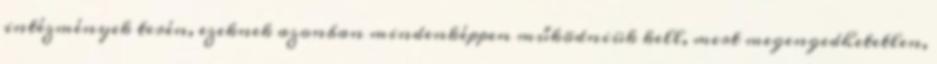
intézmények terén, ezeknek azonban mindenképpen működniük kell, mert megengedhetetlen,